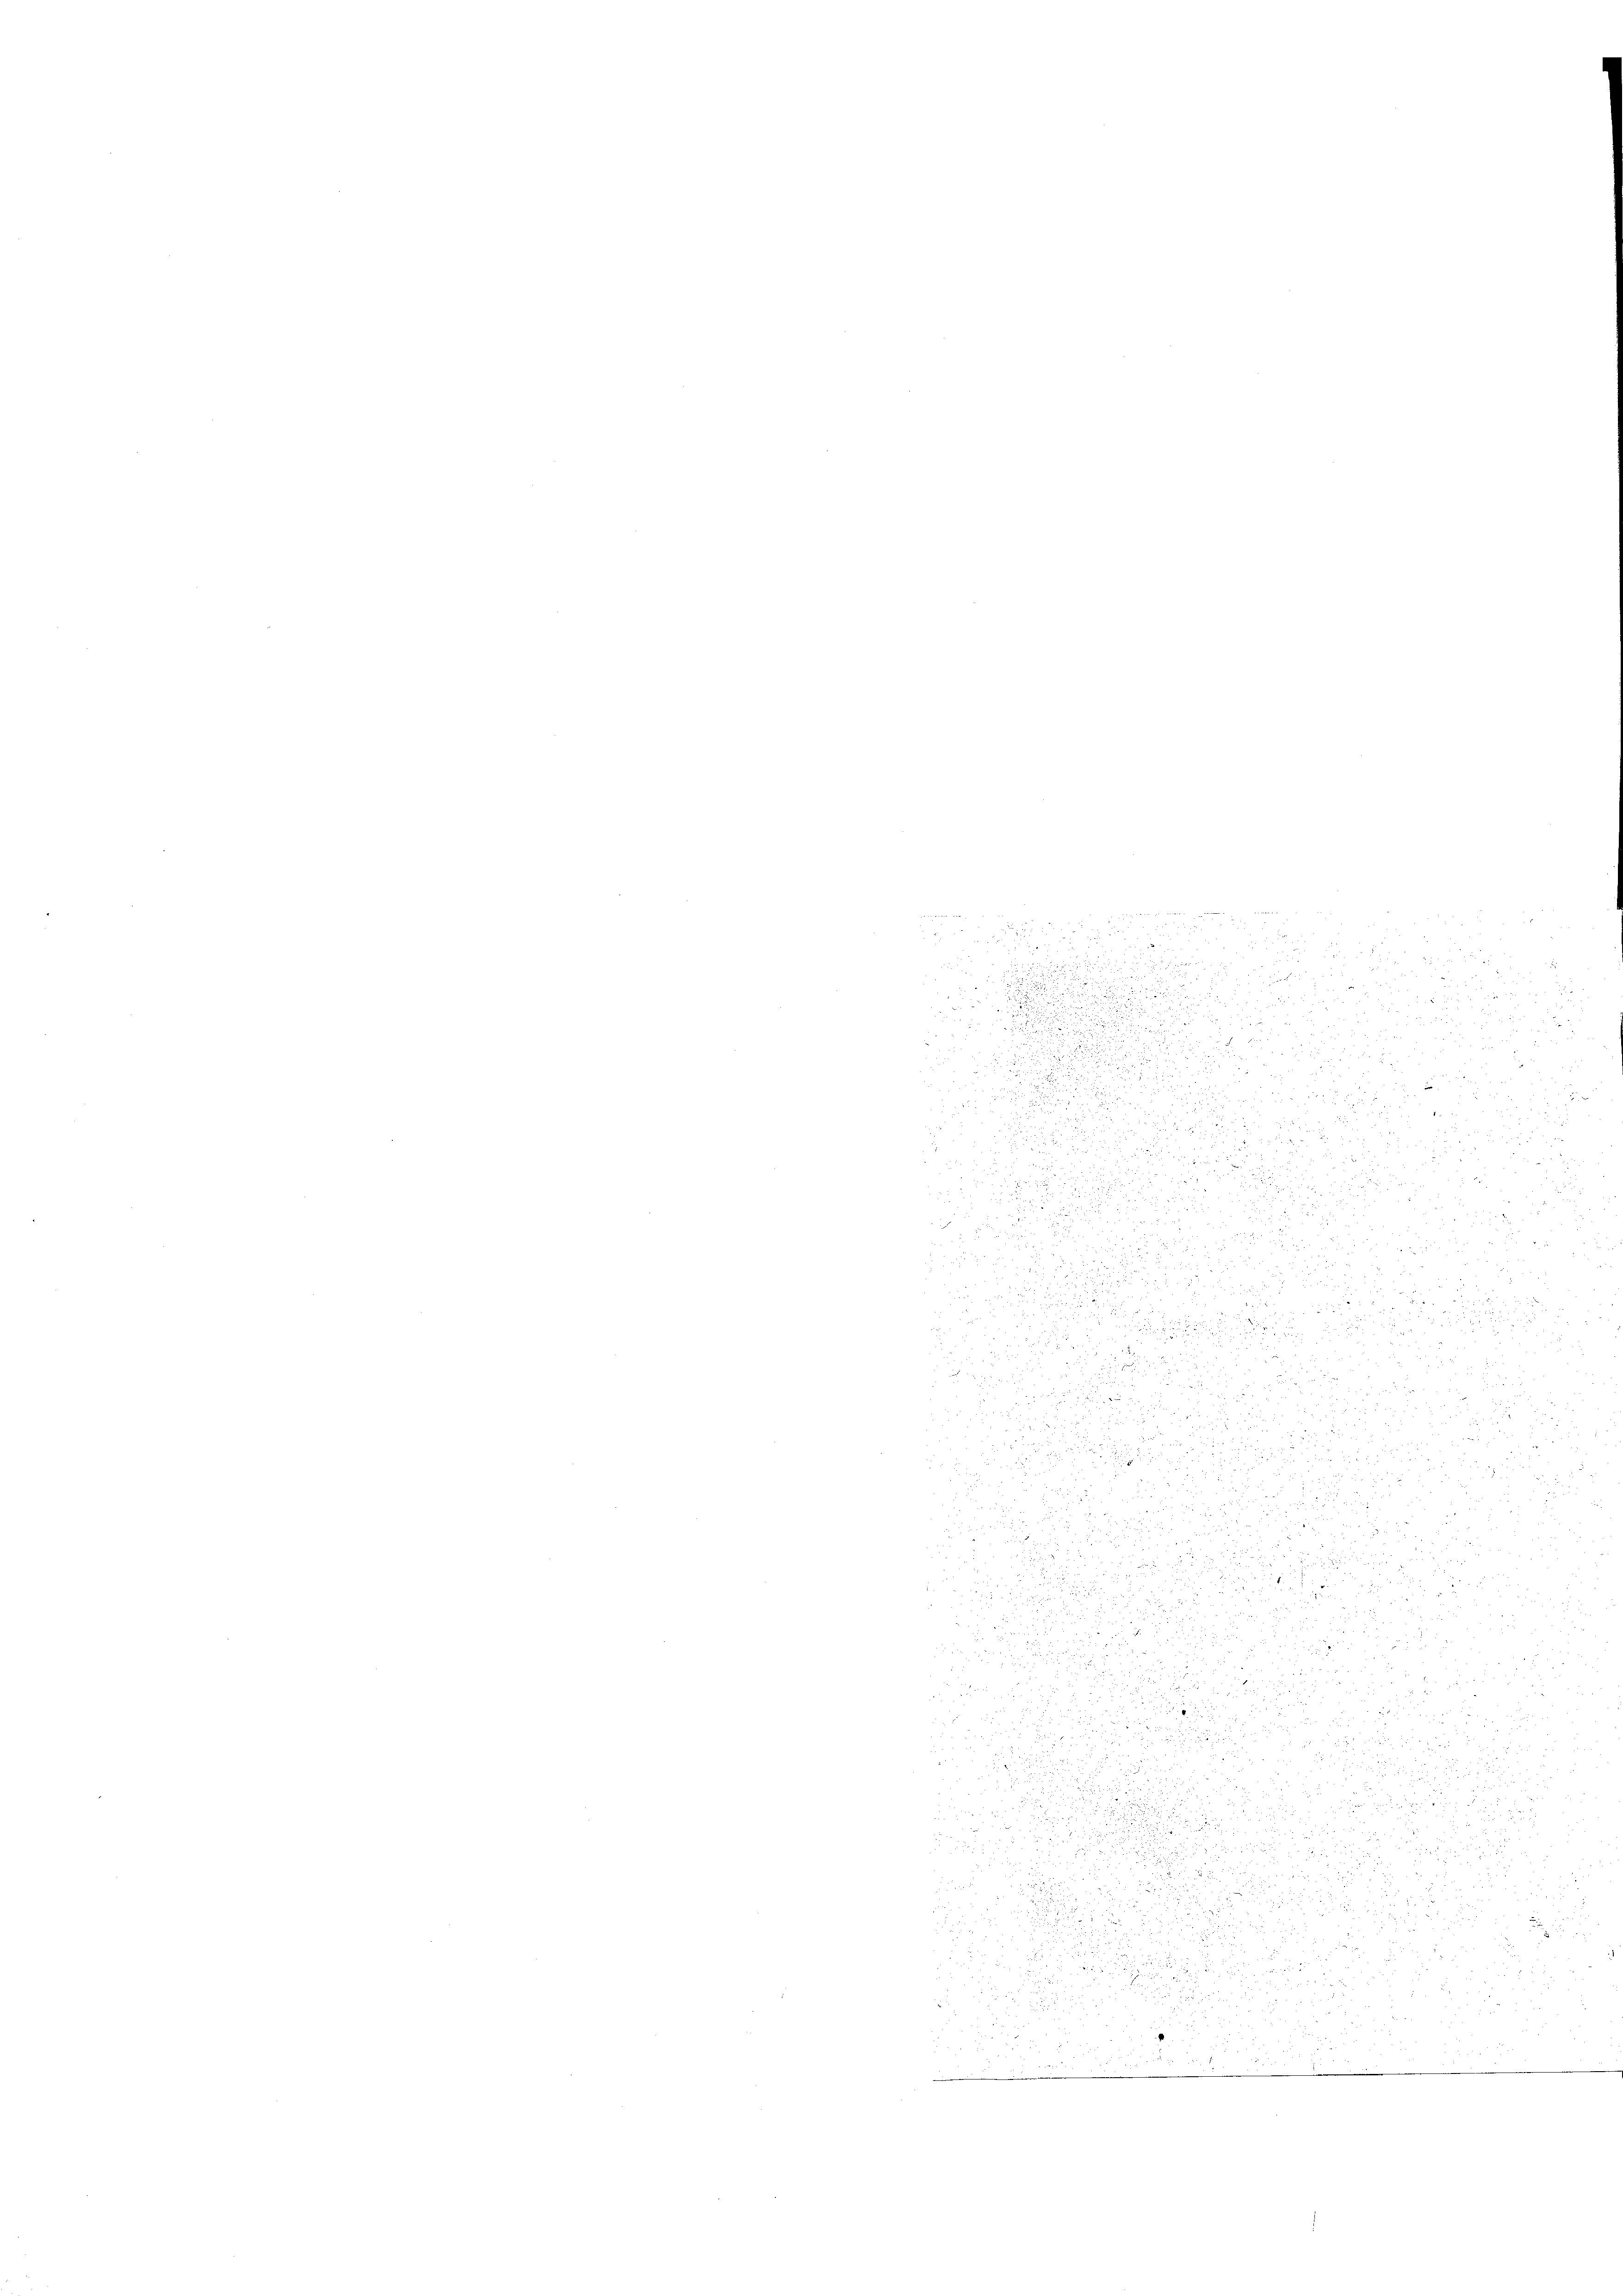
3

 52 x 2 2

.
 xxx

3

d
u

e

u
5

2
u
i
.
5
ufe u. 13
2

b

 f 8 x

i
br. 189

 20 x 5
2
8
 xx

.

.

x

 x
d

u
125

r

r

u

23

82

d

d

.

.

 22 x

1
2
i

5

2
un
.
¬
.
e
E
s

1
.

u

i der Vereinige
3
 8

u

2

8

dee di Pau

s

 f 20 x
ude d

.
x

1

 xx
d

2
xx
.

 555

dung an des

s

daire un
55

d

zu
12
8

5

.
n
.
d

.
.
i
u
u

2
u
und
u
d
2

.
4 x 2
e
 er den
 x

d

2 x 2 2

 1

n

2

u
2

 8

3

u

.

u
25

18
58
.
d

d
5
.

.

d
.

S. 21. der
.

20
u
 555
e
u
22 x

e
 f 51 x
i

 xxx
u

u
 125
 2 x
s
 2
u
d
d
2
u

e
    29

 xxx

24

.